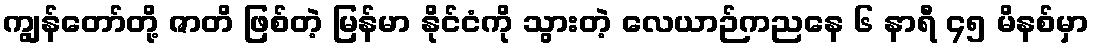
ကျွန်တော်တို့ ဇာတိ ဖြစ်တဲ့ မြန်မာ နိုင်ငံကို သွားတဲ့ လေယာဉ်ကညနေ ၆ နာရီ ၄၅ မိနစ်မှာ